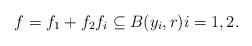
LaTeX: \begin{align*}f=f_{1}+f_{2} f_{i} \subseteq B(y_{i},r) i=1,2.\end{align*}